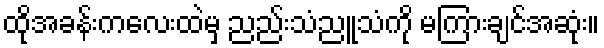
ထိုအခန်းကလေးထဲမှ ညည်းသံညူသံကို မကြားချင်အဆုံး။